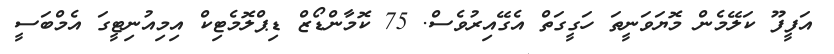
އަފީފޫ ކަލޭމެން މޮޔަވަނީތަ ހަގީގަތް އެގޭއިރުވެސް. 75 ކޮމާންޑޯޒް ޑިޕްލޮމެޓިކް އިމިއުނިޓީގަ އެމްބަސީ